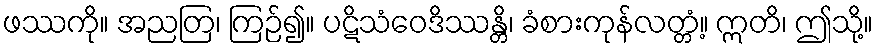
ဖဿကို။ အညတြ၊ ကြဉ်၍။ ပဋိသံဝေဒိဿန္တိ၊ ခံစားကုန်လတ္တံ့။ ဣတိ၊ ဤသို့။